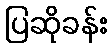
ပြဆိုခန်း